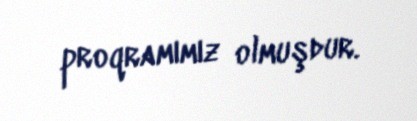
proqramımız olmuşdur.